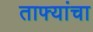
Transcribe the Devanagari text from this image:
ताफ्यांचा